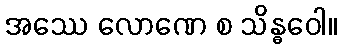
အဿေ လောဏေ စ သိန္ဓဝေါ။